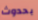
بحدوث